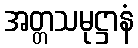
အတ္တသမုဋ္ဌာနံ